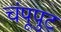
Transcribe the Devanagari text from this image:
चंपूपुट